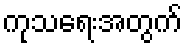
ကုသရေးအတွက်